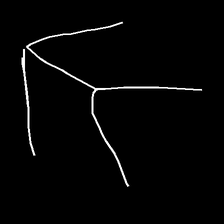
Glyph: gather